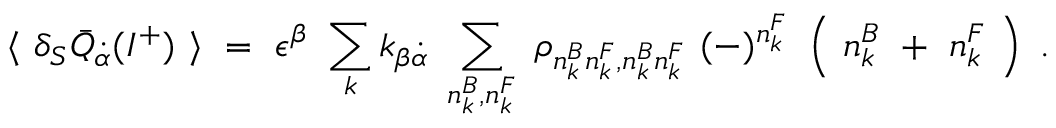
\langle ~ \delta _ { S } { \bar { Q } } _ { \dot { \alpha } } ( { \cal I } ^ { + } ) ~ \rangle ~ = ~ \epsilon ^ { \beta } ~ \sum _ { k } k _ { \beta { \dot { \alpha } } } ~ \sum _ { n _ { k } ^ { B } , n _ { k } ^ { F } } ~ \rho _ { n _ { k } ^ { B } n _ { k } ^ { F } , n _ { k } ^ { B } n _ { k } ^ { F } } ~ ( - ) ^ { n _ { k } ^ { F } } ~ \left( ~ n _ { k } ^ { B } ~ + ~ n _ { k } ^ { F } ~ \right) ~ .